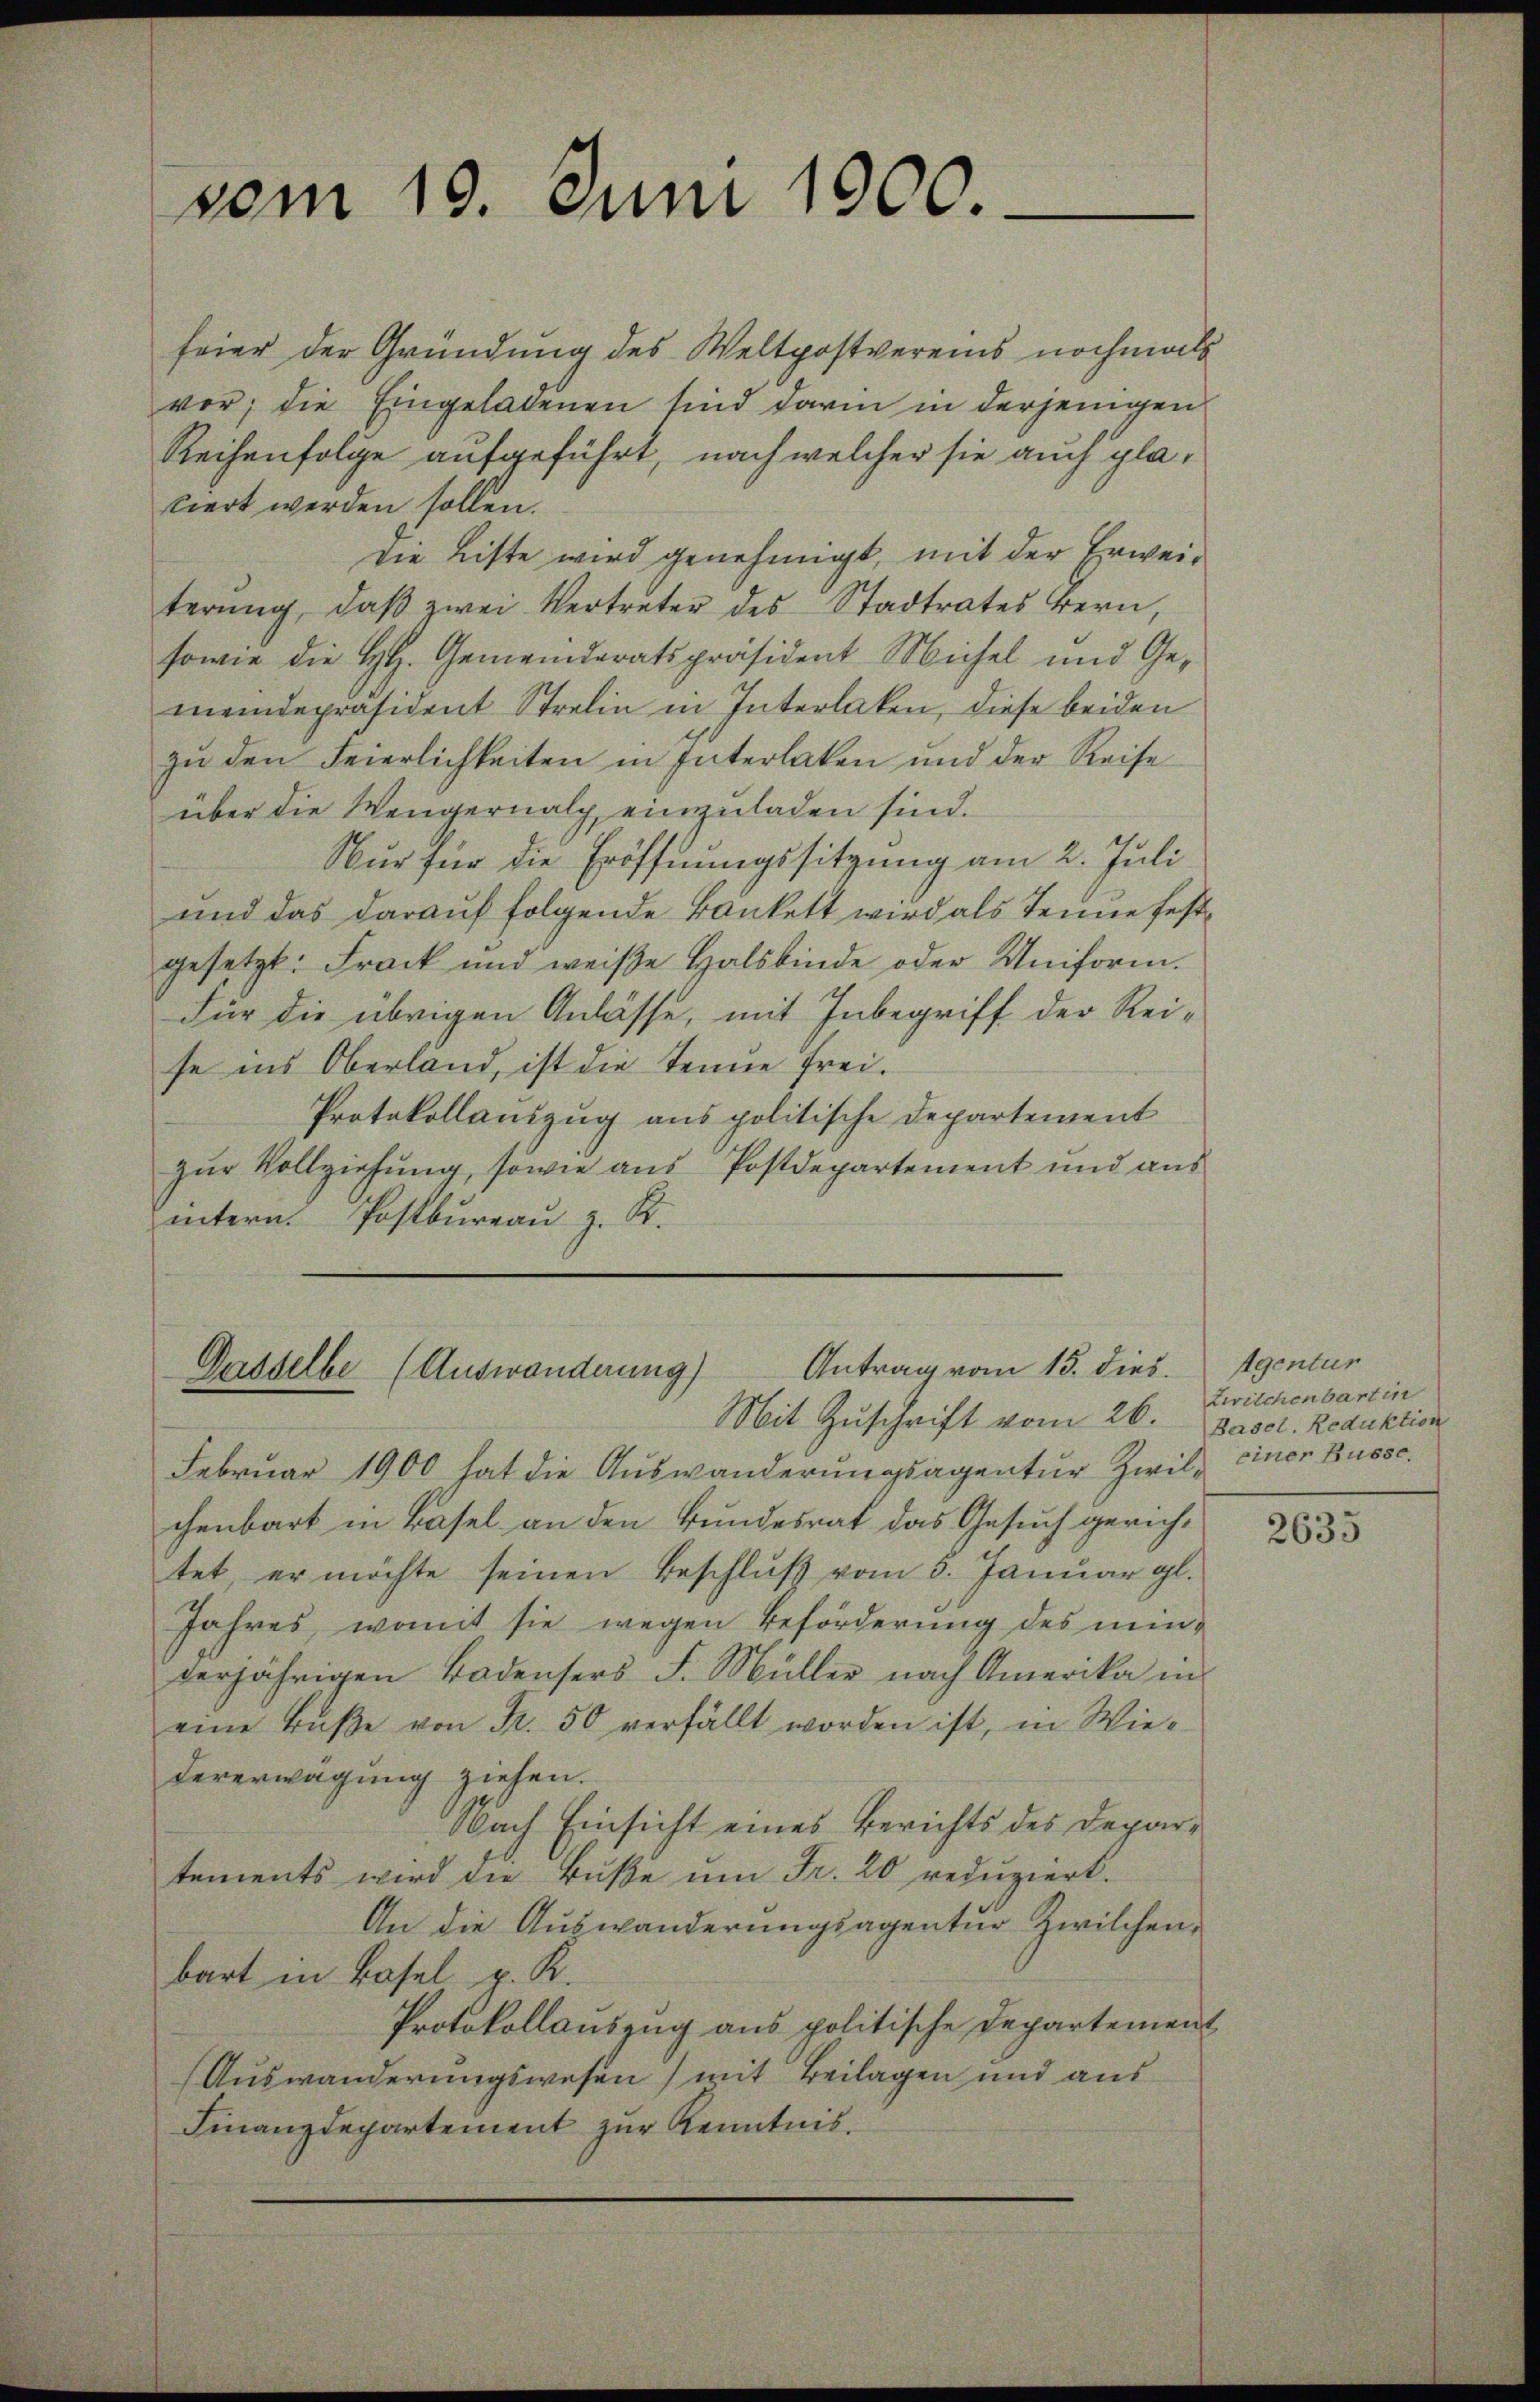
feier der Gründung des Weltpostvereins nochmals
vor; die Eingeladenen sind darin in derjenigen
Reihenfolge aufgeführt, nach welcher sie auch platiert werden sollen.
die Liste wird genehmigt, mit der Erweiterung, daβ zwei Vertreter des Stadtrates Bern,
sowie die H. Gemeinderatspräsident Michel und Gemeindepräsident Strelin in Interlaken, diese beiden
zŭ den Feierlichkeiten in Interlaken und der Reise
über die Wengernalg einzuladen sind.
Nur für die Eröffnungssitzung am 2. Juli
und das darauf folgende Bänkett wird als Tenne festgesetzt: Frack und weiße Halsbinde oder Uniform.
Für die übrigen Anlasse, mit Inbegriff der Reise ins Oberland, ist die Tenne frei.
Protokollauszug aus politische Departement
zur Vollziehung, sowie aus Postdepartement und aus
intern. Postbureau z. R.

vom 19. Juni 1900.

Antrag vom 15. dies
Gasselbe (Auswanderung)

Mit Zuschrift vom 26.
Februar 1900 hat die Auswanderungsagentur Zwil einer Busse,
chenbart in Basel an den Bundesrat das Gesuch gerichtet, er möchte seinen Beschluß vom 3. Januar gl.
Jahres, womit sie wegen Beförderung des minverjährigen Bodensers F. Müller nach Amerika in
eine Bŭβe von Fr. 50 verfällt worden ist, in Wie-
dererwägung ziehen.
Nach Einsicht eines Berichts des Departements wird die Buße um Fr. 20 reduziert.
An die Auswanderungsagentur Zwilchenbart in Basel p. K.
Protokollauszug aus politische Departement
Auswanderungswesen) mit Beilagen und aus
Finanzdepartement zur Kenntnis¬

Agentur
Zwilchenbart in
Bersel. Reduktion

2635